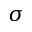
\sigma